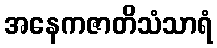
အနေကဇာတိသံသာရံ